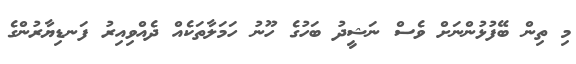
މި ތިން ބޭފުޅުންނަށް ވެސް ނަޝީދު ބަހުގެ ހޫނު ހަމަލާތަކެއް ދެއްވިއިރު ފަނޑިޔާރުންގެ